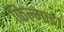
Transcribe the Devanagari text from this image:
फिल्माई।